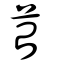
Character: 苔